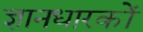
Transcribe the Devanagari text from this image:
ज्ञानधारकों